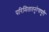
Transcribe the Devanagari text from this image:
परिमितातनुरेषापुरी